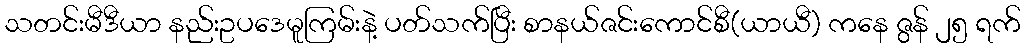
သတင်းမီဒီယာ နည်းဥပဒေမူကြမ်းနဲ့ ပတ်သက်ပြီး စာနယ်ဇင်းကောင်စီ(ယာယီ) ကနေ ဇွန် ၂၅ ရက်